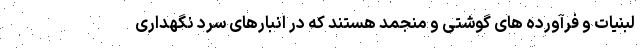
لبنیات و فرآورده های گوشتی و منجمد هستند که در انبارهای سرد نگهداری